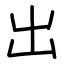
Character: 出